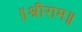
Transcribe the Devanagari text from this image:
॥श्रीराम॥